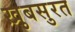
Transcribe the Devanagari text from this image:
ख़ुबसुरत